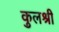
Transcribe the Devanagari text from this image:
कुलश्री